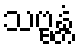
သဗ္ဗန္တံ